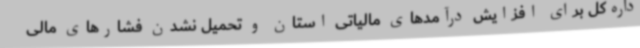
داره‌کل برای افزایش درآمدهای مالیاتی استان و تحمیل نشدن فشارهای مالی